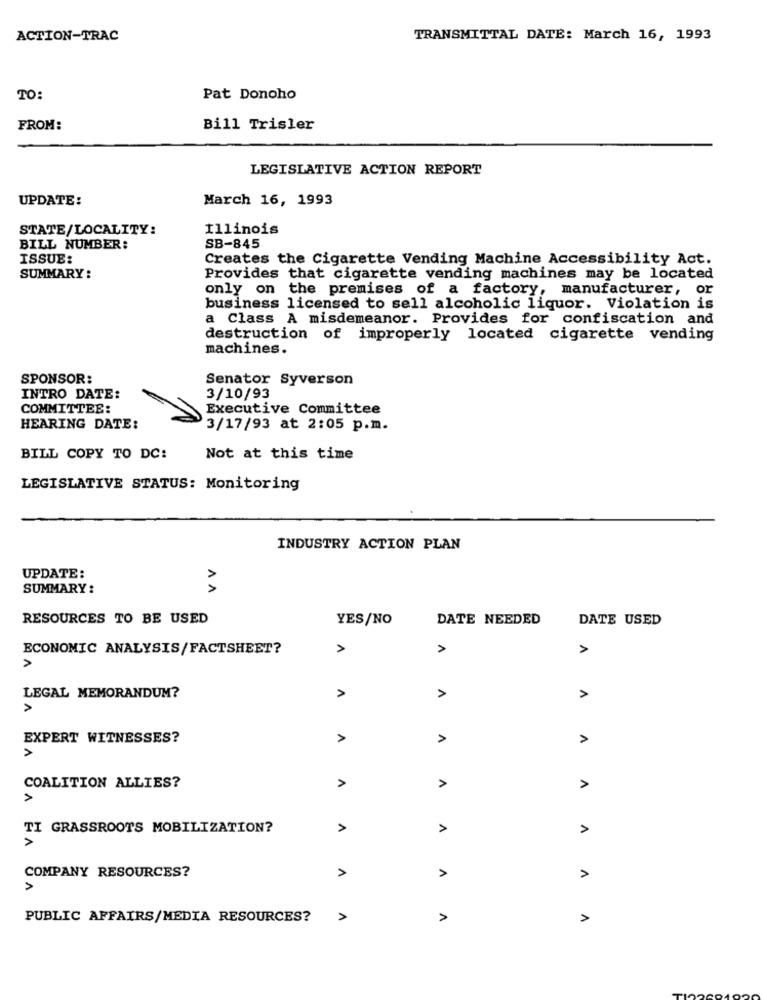
ACTION-TRAC
TRANSMITTAL DATE: March 16, 1993
TO:
Pat Donoho
FROM:
Bill Trisler
LEGISLATIVE ACTION REPORT
UPDATE:
March 16, 1993
STATE/LOCALITY:
Illinois
BILL NUMBER:
SB-845
ISSUE:
Creates the Cigarette Vending Machine Accessibility Act.
SUMMARY:
Provides that cigarette vending machines may be located
only on the premises of a factory, manufacturer, or
business licensed to sell alcoholic liquor. Violation is
a Class A misdemeanor. Provides for confiscation and
destruction of improperly located cigarette vending
machines.
SPONSOR:
Senator Syverson
INTRO DATE:
3/10/93
COMMITTEE:
Executive Committee
HEARING DATE:
3/17/93 at 2:05 p.m.
BILL COPY TO DC:
Not at this time
LEGISLATIVE STATUS: Monitoring
INDUSTRY ACTION PLAN
UPDATE:
SUMMARY :
AA
RESOURCES TO BE USED
YES/NO
DATE NEEDED
DATE USED
ECONOMIC ANALYSIS/FACTSHEET?
A
>
A
>
LEGAL MEMORANDUM?
A
>
EXPERT WITNESSES?
>
>
>
COALITION ALLIES?
>
TI GRASSROOTS MOBILIZATION?
A
>
A
COMPANY RESOURCES?
>
PUBLIC AFFAIRS/MEDIA RESOURCES?
A
A